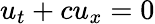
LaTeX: u_{t}+cu_{x}=0